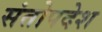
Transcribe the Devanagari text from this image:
संतोपदेश